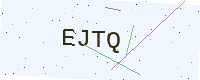
Text: EJTQ